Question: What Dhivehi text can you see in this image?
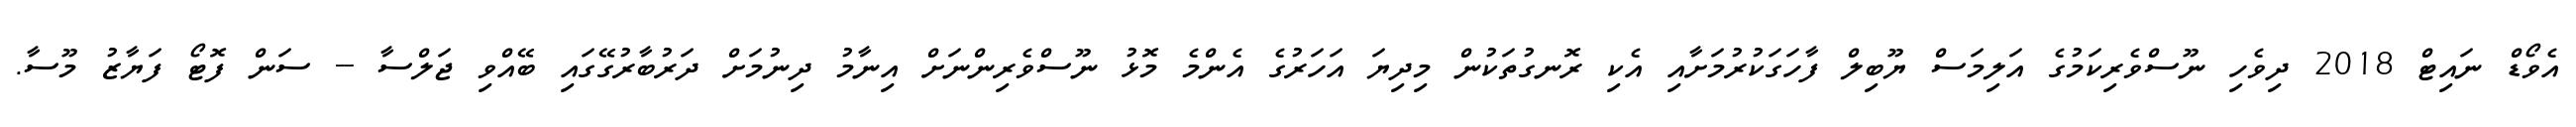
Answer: އެވޯޑް ނައިޓް 2018 ދިވެހި ނޫސްވެރިކަމުގެ އަލިމަސް ޔޫބިލް ފާހަގަކުރުމަށާއި އެކި ރޮނގުތަކުން މިދިޔަ އަހަރުގެ އެންމެ މޮޅު ނޫސްވެރިންނަށް އިނާމު ދިނުމަށް ދަރުބާރުގޭގައި ބޭއްވި ޖަލްސާ -- ސަން ފޮޓޯ ފަޔާޒު މޫސާ.